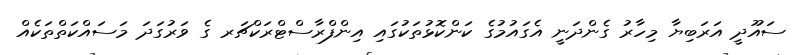
ސައޫދީ އަރަބިޔާ މިހާރު ގެންދަނީ އެގައުމުގެ ކަންކޮޅުތަކުގައި އިންފްރާސްޓްރަކްޗަރ ގެ ވަރުގަދަ މަސައްކަތްތަކެއް